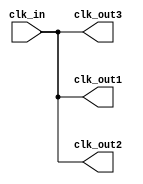
module clock_buffer (
    input wire clk_in,            // Single-ended clock input
    output wire clk_out1,        // Clock output 1
    output wire clk_out2,        // Clock output 2 (You can add more outputs as needed)
    output wire clk_out3         // Clock output 3 (Additional output)
);

    // Parameterization for drive strength (this is for illustration)
    // In a real implementation, drive strength might depend on specific technology
    parameter DRIVE_STRENGTH = "SIMPLE"; // Placeholder for actual drive strength settings

    // Internal signals to manage clock routing within the buffer
    wire internal_clk;

    // Logic to enhance signal drive capability
    // This is a simple buffering logic. You may replace it with a specific technology
    // cell or logic depending upon your synthesis tools and library.
    assign internal_clk = clk_in;

    // Buffering for multiple outputs
    // Implementation could use specific technology cells for real design
    // Here, we are just distributing the signal to the outputs
    assign clk_out1 = internal_clk; // Output 1
    assign clk_out2 = internal_clk; // Output 2
    assign clk_out3 = internal_clk; // Output 3

    // For added signal integrity, you could include more sophisticated delay and filtering logic here.
    // For example, you can use delay lines or add RC delays as per requirements
    
    // Further signal integrity techniques may include using:
    // - Schmitt triggers for improved edge control
    // - Dynamic Power Management signals
    // - Additional filtering capacitors in analog design

endmodule